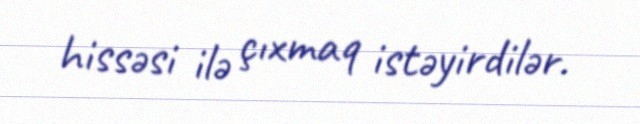
hissəsi ilə çıxmaq istəyirdilər.